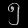
Digit: ၅